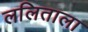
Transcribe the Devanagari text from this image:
ललिताला